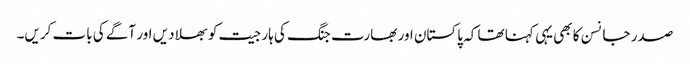
صدر جانسن کا بھی یہی کہنا تھا کہ پاکستان اور بھارت جنگ کی ہار جیت کو بھلا دیں اور آگے کی بات کریں۔